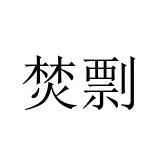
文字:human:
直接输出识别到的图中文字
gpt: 焚剽